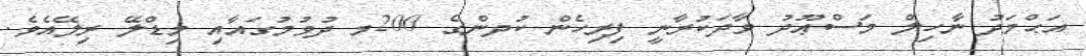
އަޙްމަދު ނާހިލް މަސްޢޫދު ވާދަކުރާނީ ފިރިހެން ކުދންގެ 200މ ދުވުމުގައާއި މިޑްލޭ ރިލޭއެވެ.